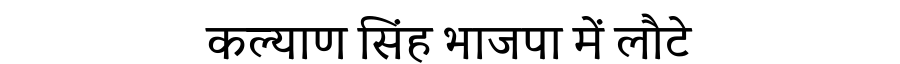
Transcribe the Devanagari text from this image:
कल्याण सिंह भाजपा में लौटे